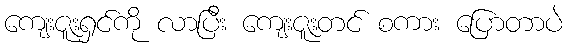
ကျေးဇူးရှင်ကို လာပြီး ကျေးဇူးတင် စကား ပြောတာပဲ